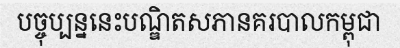
បច្ចុប្បន្ននេះបណ្ឌិតសភានគរបាលកម្ពុជា